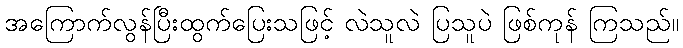
အကြောက်လွန်ပြီးထွက်ပြေးသဖြင့် လဲသူလဲ ပြသူပဲ ဖြစ်ကုန် ကြသည်။